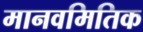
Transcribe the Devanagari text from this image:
मानवमितिक